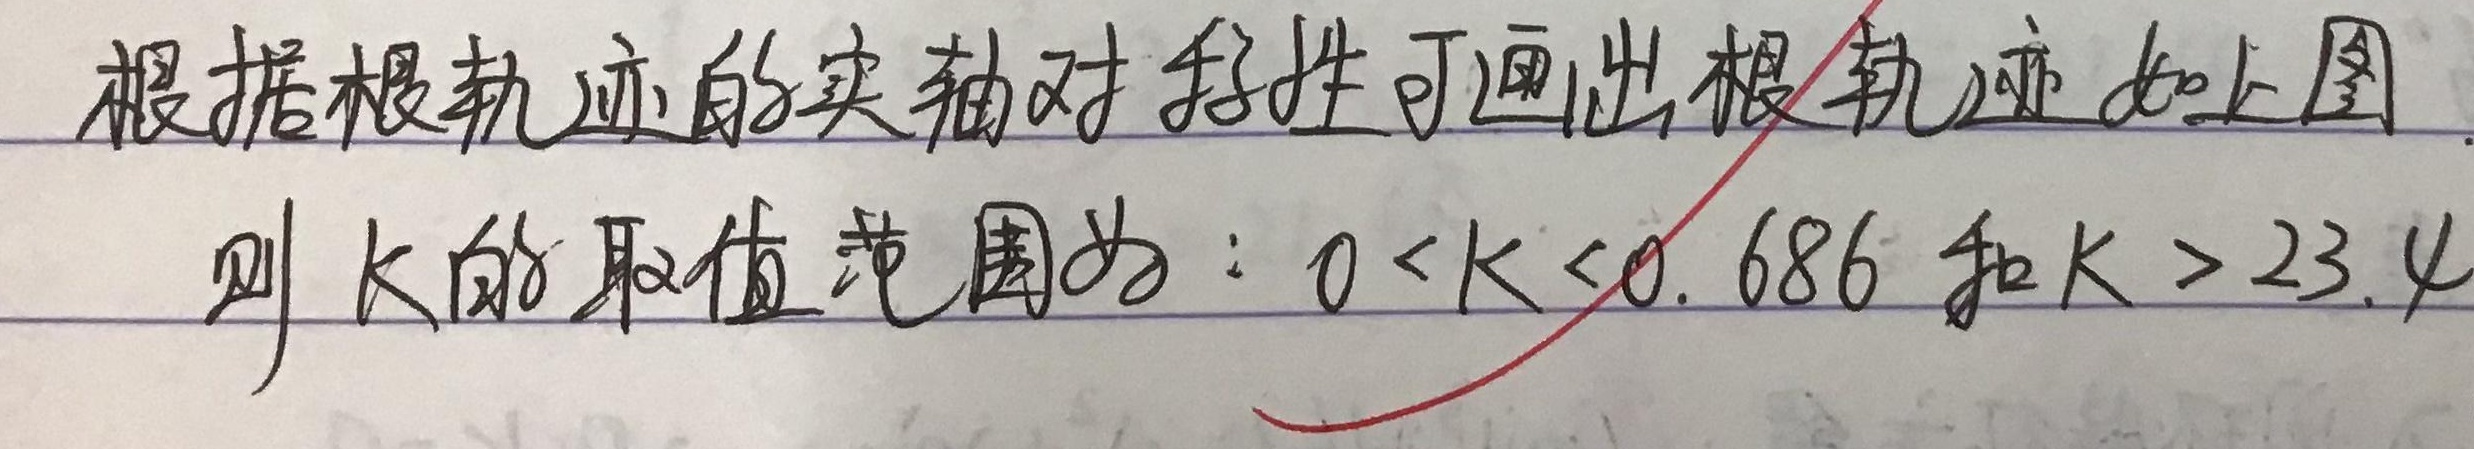
根据根轨迹的实轴对称性可画出根轨迹如上图。则 \(k\) 的取值范围为：\(0 < k < 0.686\) 和 \(k > 23.4\)